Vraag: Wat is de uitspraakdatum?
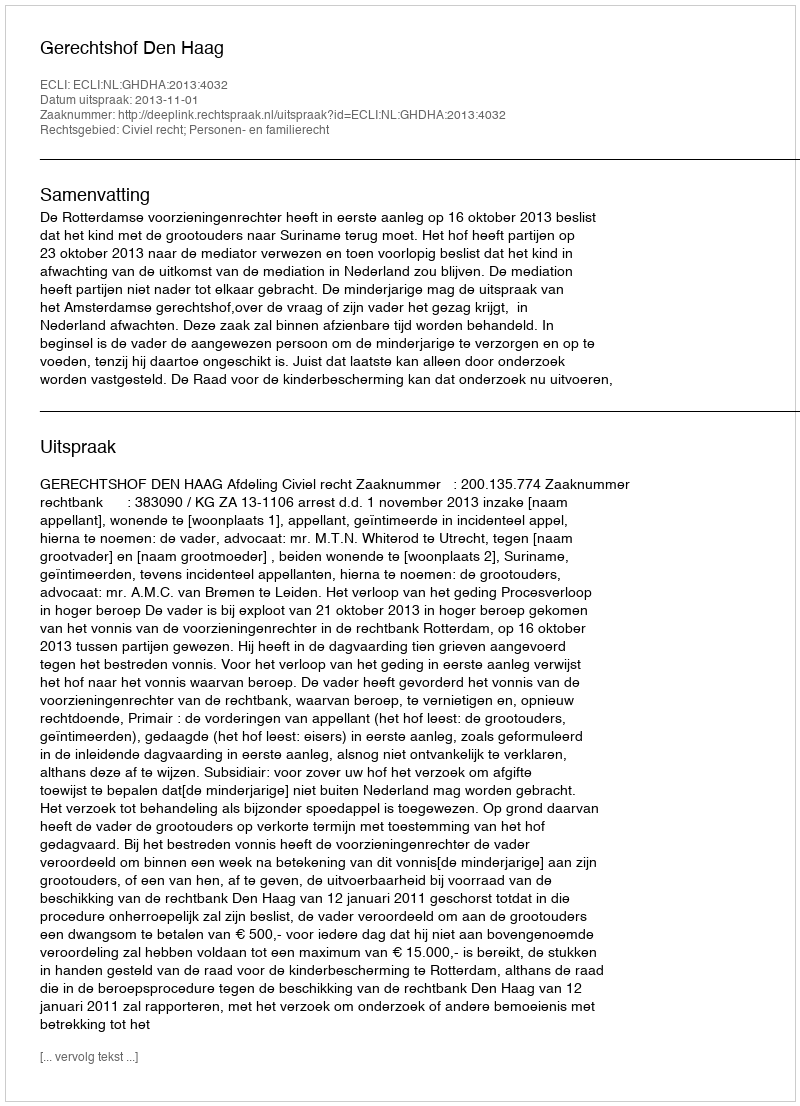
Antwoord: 2013-11-01